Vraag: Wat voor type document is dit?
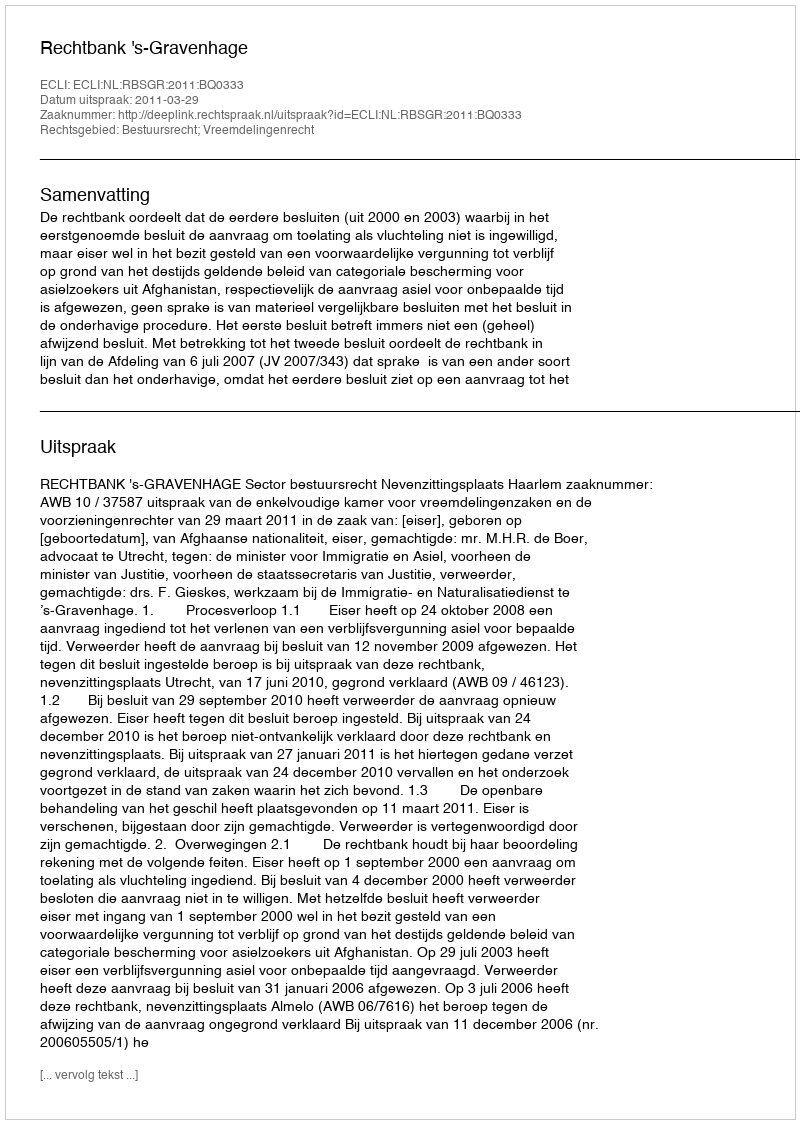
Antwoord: Uitspraak